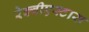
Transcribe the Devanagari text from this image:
रेक्वीएस्टास